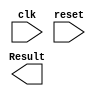
`timescale 1ns / 1ps

module processor (
    input clk, reset,
    
    output [31:0] Result
    );
    
endmodule